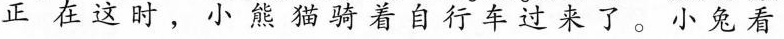
这时， 熊猫骑着自行车过来。小兔看